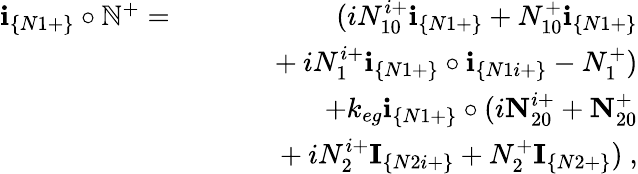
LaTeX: \begin{array}{rlr}{\textbf{i}_{\{ N1+\} }\circ\mathbb{N}^{+}=}&{}&{(iN_{10}^{i+}\textbf{i}_{\{ N1+\} }+N_{10}^{+}\textbf{i}_{\{ N1+\} }}\\ &{}&{~~~~~~+iN_{1}^{i+}\textbf{i}_{\{ N1+\} }\circ\textbf{i}_{\{ N1i+\} }-N_{1}^{+})}\\ &{}&{+k_{eg}\textbf{i}_{\{ N1+\} }\circ(i\textbf{N}_{20}^{i+}+\textbf{N}_{20}^{+}}\\ &{}&{~~~~~~+iN_{2}^{i+}\textbf{I}_{\{ N2i+\} }+N_{2}^{+}\textbf{I}_{\{ N2+\} })~,}\end{array}